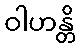
ဝါဟန္တိ